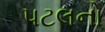
પટલનો